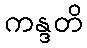
ကန္ဒတိ